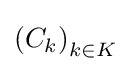
\left(C_{k}\right)_{k\in K}